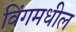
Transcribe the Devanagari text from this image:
विंगमधील